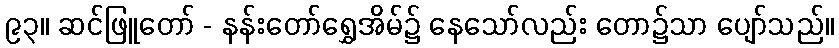
၉၃။ ဆင်ဖြူတော် - နန်းတော်ရွှေအိမ်၌ နေသော်လည်း တော၌သာ ပျော်သည်။